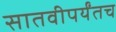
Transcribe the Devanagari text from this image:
सातवीपर्यंतच